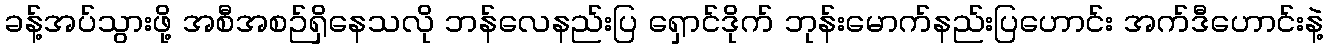
ခန့်အပ်သွားဖို့ အစီအစဉ်ရှိနေသလို ဘန်လေနည်းပြ ရှောင်ဒိုက် ဘုန်းမောက်နည်းပြဟောင်း အက်ဒီဟောင်းနဲ့